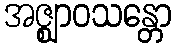
အဇ္ဈာဝသန္တော